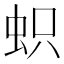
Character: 𧊄